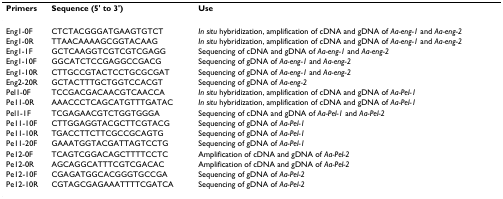
| Primers | Sequence (5' to 3') | Use |
 | --- | --- | --- |
 | Eng1-0F | CTCTACGGGATGAAGTGTCT | In situ hybridization, amplification of cDNA and gDNA of Aa-eng-1 and Aa-eng-2 |
 | Eng1-0R | TTAACAAAAGCGGTACAAG | In situ hybridization, amplification of cDNA and gDNA of Aa-eng-1 and Aa-eng-2 |
 | Eng1-1F | GCTCAAGGTCGTCGTCGAGG | Sequencing of cDNA and gDNA of Aa-eng-1 and Aa-eng-2 |
 | Eng1-10F | GGCATCTCCGAGGCCGACG | Sequencing of gDNA of Aa-eng-1 and Aa-eng-2 |
 | Eng1-10R | CTTGCCGTACTCCTGCGCGAT | Sequencing of gDNA of Aa-eng-1 and Aa-eng-2 |
 | Eng2-20R | GCTACTTTGCTGGTCCACGT | Sequencing of gDNA of Aa-eng-2 |
 | Pel1-0F | TCCGACGACAACGTCAACCA | In situ hybridization, amplification of cDNA and gDNA of Aa-Pel-1 |
 | Pe11-0R | AAACCCTCAGCATGTTTGATAC | In situ hybridization, amplification of cDNA and gDNA of Aa-Pel-1 |
 | Pel1-1F | TCGAGAACGTCTGGTGGGA | Sequencing of cDNA and gDNA of Aa-Pel-1 and Aa-Pel-2 |
 | Pe11-10F | CTTGGAGGTACGCTTCGTACG | Sequencing of gDNA of Aa-Pel-1 |
 | Pe11-10R | TGACCTTCTTCGCCGCAGTG | Sequencing of gDNA of Aa-Pel-1 |
 | Pe11-20F | GAAATGGTACGATTAGTCCTG | Sequencing of gDNA of Aa-Pel-1 |
 | Pe12-0F | TCAGTCGGACAGCTTTTCCTC | Amplification of cDNA and gDNA of Aa-Pel-2 |
 | Pe12-0R | AGCAGGCATTTCGTCGACAC | Amplification of cDNA and gDNA of Aa-Pel-2 |
 | Pe12-10F | CGAGATGGCACGGGTGCCGA | Sequencing of gDNA of Aa-Pel-2 |
 | Pe12-10R | CGTAGCGAGAAATTTTCGATCA | Sequencing of gDNA of Aa-Pel-2 |